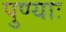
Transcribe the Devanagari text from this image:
पुण्याः